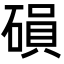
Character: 磒